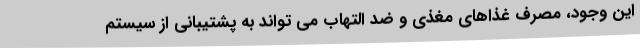
این وجود، مصرف غذاهای مغذی و ضد التهاب می تواند به پشتیبانی از سیستم